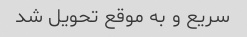
سریع و به موقع تحویل شد